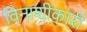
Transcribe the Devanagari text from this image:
विनाशीकारी